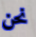
نحن